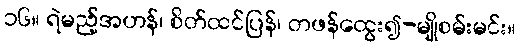
၁၆။ ရဲမည့်အဟန်၊ စိတ်ထင်ပြန်၊ တဖန်ထွေး၍-မျိုစမ်းမင်း။